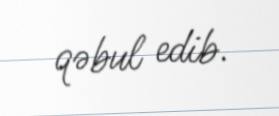
qəbul edib.